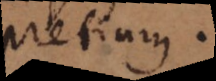
pretium.